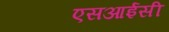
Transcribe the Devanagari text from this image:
एसआईसी